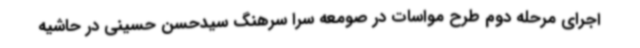
اجرای مرحله دوم طرح مواسات در صومعه سرا سرهنگ سیدحسن حسینی در حاشیه